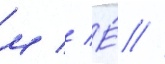
м // Е́ //